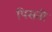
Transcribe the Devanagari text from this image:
पिसती